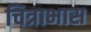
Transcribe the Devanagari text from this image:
चित्राभास